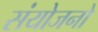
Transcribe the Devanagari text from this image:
संयोजनो